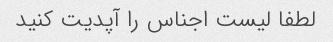
لطفا لیست اجناس را آپدیت کنید